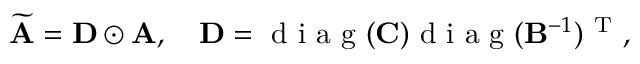
\widetilde { \bf A } = { \bf D } \odot { \bf A } , \quad { \bf D } = \mathrm { ~ d ~ i ~ a ~ g ~ } ( { \bf C } ) \mathrm { ~ d ~ i ~ a ~ g ~ } ( { \bf B } ^ { - 1 } ) ^ { \mathrm { ~ T ~ } } ,